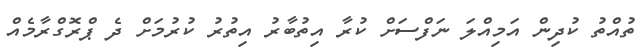
ތުއްތު ކުދިން އަމިއްލަ ނަފްސަށް ކުރާ އިތުބާރު އިތުރު ކުރުމަށް ދެ ޕްރޮގްރާމެއް